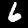
Digit: 6